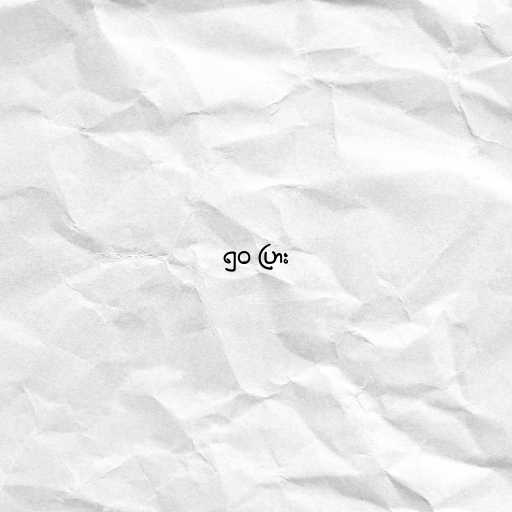
၅၀ ပြား